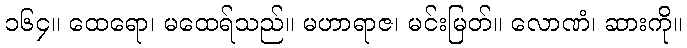
၁၆၄။ ထေရော၊ မထေရ်သည်။ မဟာရာဇ၊ မင်းမြတ်။ လောဏံ၊ ဆားကို။